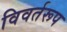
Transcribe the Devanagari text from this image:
विवर्तरूप